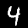
Digit: 4